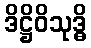
ဒိဋ္ဌိဝိသုဒ္ဓိ